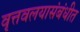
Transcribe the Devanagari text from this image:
वृत्तवलयासंबंधीत